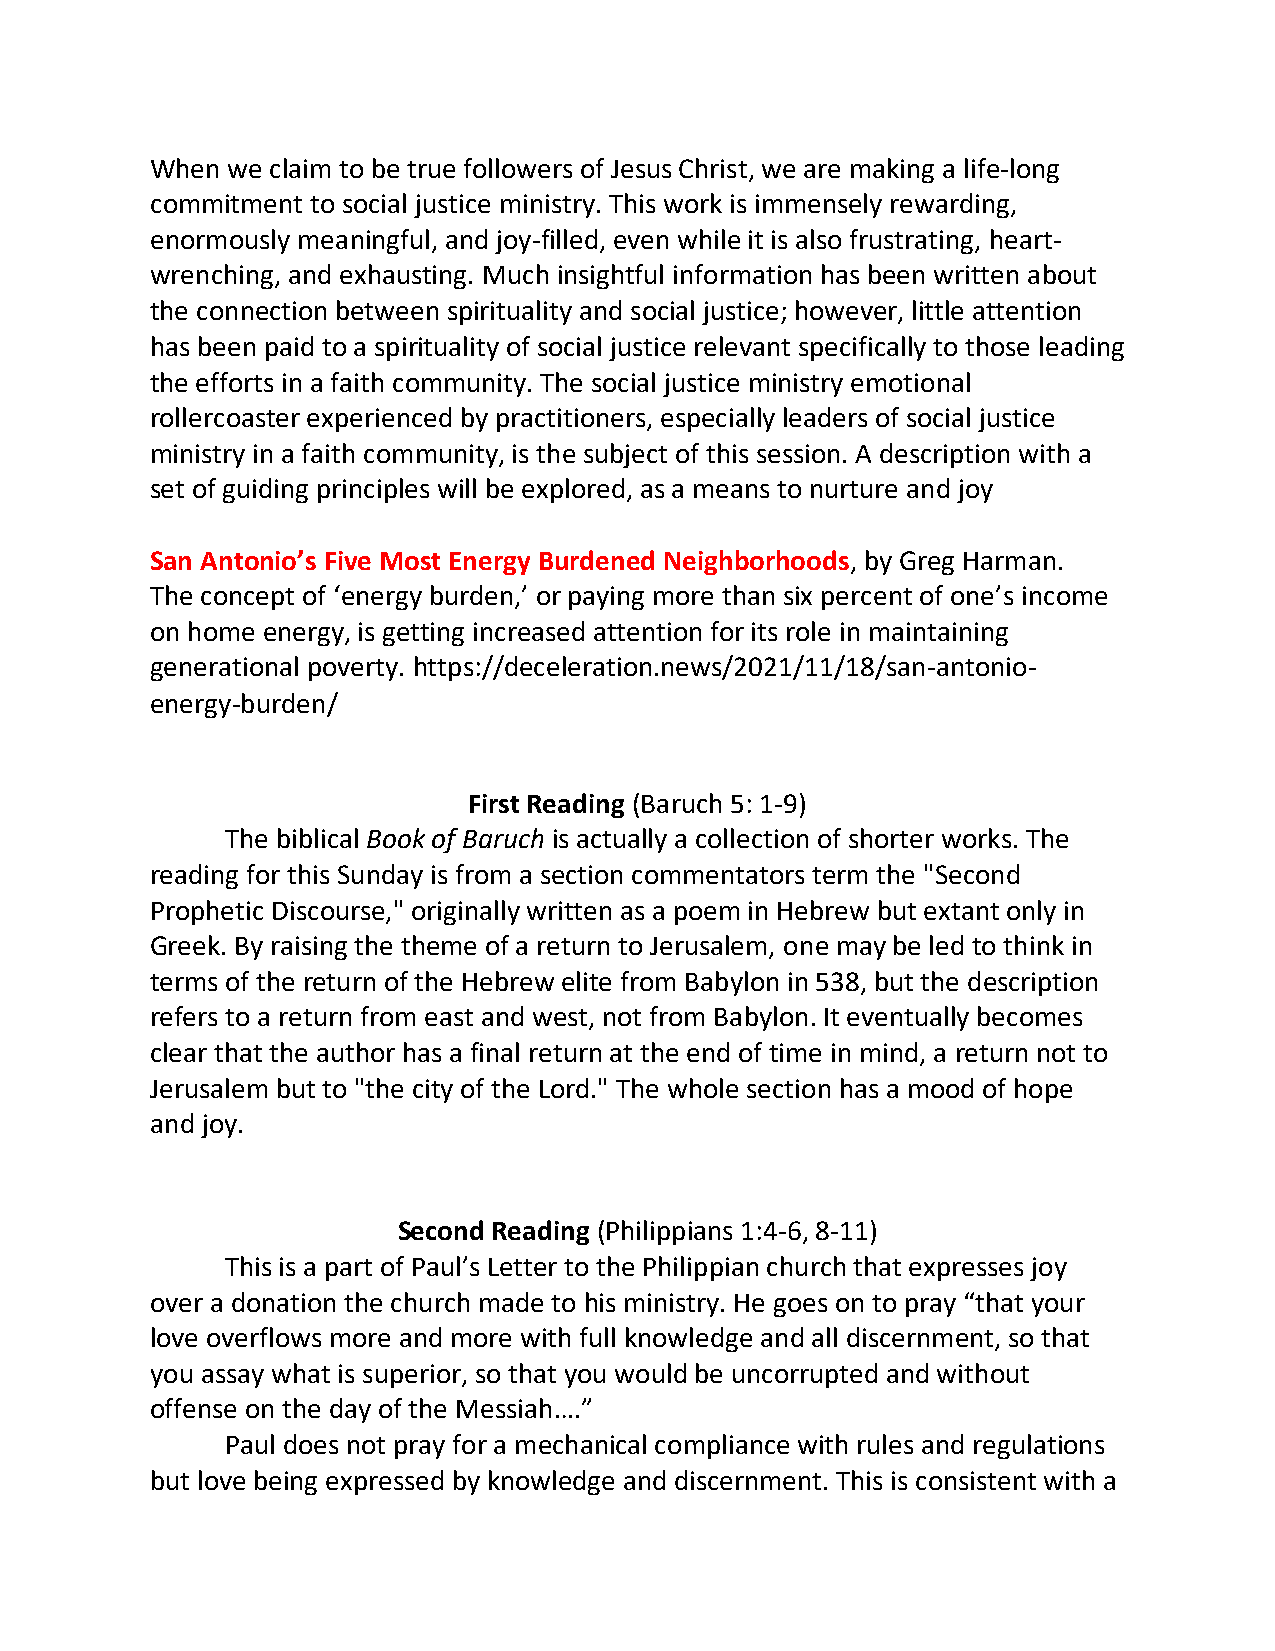
When we claim to be true followers of Jesus Christ, we are making a life-long
 commitment to social justice ministry. This work is immensely rewarding,
 enormously meaningful, and joy-filled, even while it is also frustrating, heart-
 wrenching, and exhausting. Much insightful information has been written about
 the connection between spirituality and social justice; however, little attention
 has been paid to a spirituality of social justice relevant specifically to those leading
 the efforts in a faith community. The social justice ministry emotional
 rollercoaster experienced by practitioners, especially leaders of social justice
 ministry in a faith community, is the subject of this session. A description with a
 set of guiding principles will be explored, as a means to nurture and joy
 San Antonio’s Five Most Energy Burdened Neighborhoods, by Greg Harman.
 The concept of ‘energy burden,’ or paying more than six percent of one’s income
 on home energy, is getting increased attention for its role in maintaining
 generational poverty. https://deceleration.news/2021/11/18/san-antonio-
 energy-burden/
 First Reading (Baruch 5: 1-9)
 The biblical Book of Baruch is actually a collection of shorter works. The
 reading for this Sunday is from a section commentators term the "Second
 Prophetic Discourse," originally written as a poem in Hebrew but extant only in
 Greek. By raising the theme of a return to Jerusalem, one may be led to think in
 terms of the return of the Hebrew elite from Babylon in 538, but the description
 refers to a return from east and west, not from Babylon. It eventually becomes
 clear that the author has a final return at the end of time in mind, a return not to
 Jerusalem but to "the city of the Lord." The whole section has a mood of hope
 and joy.
 Second Reading (Philippians 1:4-6, 8-11)
 This is a part of Paul’s Letter to the Philippian church that expresses joy
 over a donation the church made to his ministry. He goes on to pray “that your
 love overflows more and more with full knowledge and all discernment, so that
 you assay what is superior, so that you would be uncorrupted and without
 offense on the day of the Messiah….”
 Paul does not pray for a mechanical compliance with rules and regulations
 but love being expressed by knowledge and discernment. This is consistent with a